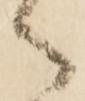
御